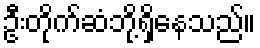
ဦးတိုက်ဆံဘို့ရှိနေသည်။